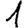
Digit: 1